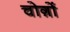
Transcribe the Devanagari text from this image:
चोग़ों